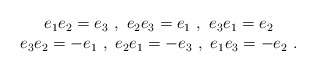
\begin{align*}\begin{array}{c} e_1e_2=e_3 \ , \ e_2e_3=e_1 \ , \ e_3e_1=e_2 \\ e_3e_2=-e_1 \ , \ e_2e_1=-e_3 \ , \ e_1e_3=-e_2 \ . \end{array}\end{align*}